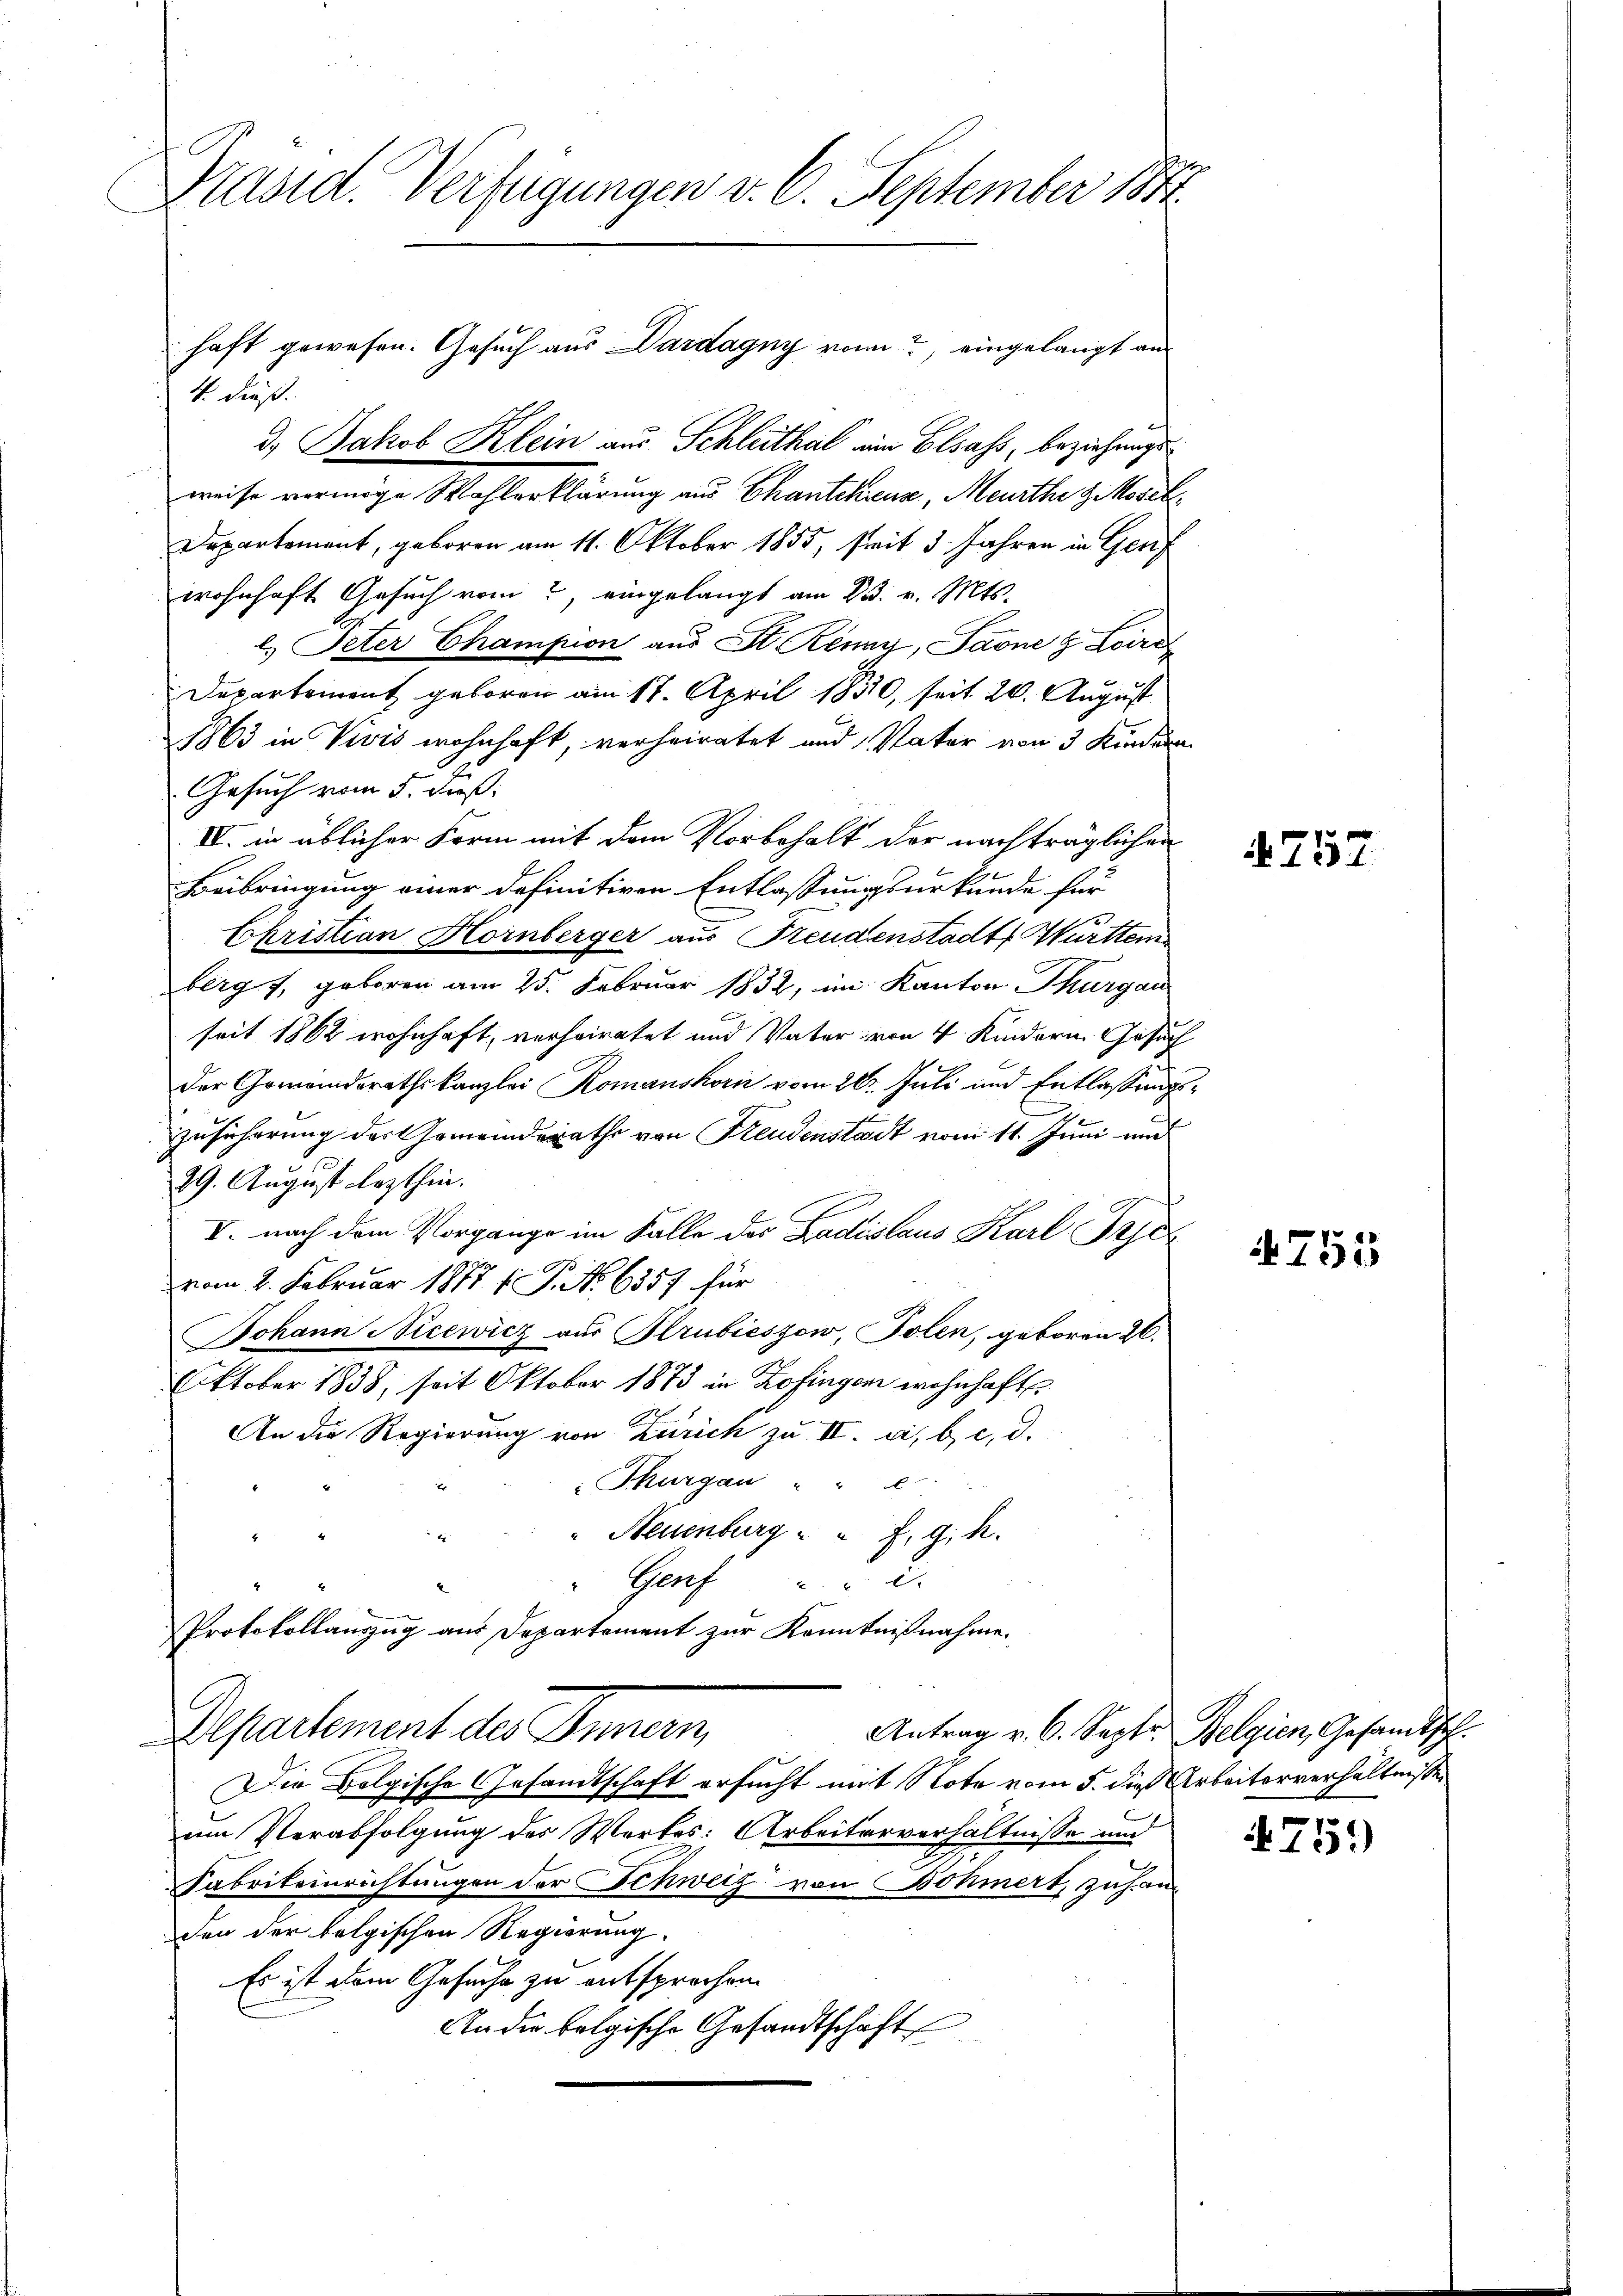
Masid. Verfügungen v. 6. September 1881

d. Jakob Klein aus Schleithal ein Elsass, beziehungsweise vermöge Wahlerklärung aus Chantchiena, Meurthe z. Moser
Dapartement, geboren am 11. Oktober 1855, seit 3 Jahren in Genf
wohnhaft Gesuch vom 2, eingelangt am 23. v. Mts.
l. Peter Champion aus St. Renny, Pavne 8 Loire
Departement geboren am 17. April 1850, seit 20. August
1863 in Vivis wohnhaft, verheiratet und Vater von 3 Kindern
Gesuch vom 5. dieß:
IV. in üblicher Form mit dem Vorbehalt der nachträglichen
Beibringung einer definitiven Entlassungsurkunde für
Christian Hornberger aus Freudenstadt Württem
berg f, geboren am 25. Februar 1832, im Kanton Thurgau
seit 1862 wohnhaft, verheiratet und Vater von 4 Kindern. Gesuch
Der Gemeindsrathskanzlei Romanshorn vom 20. Juli und Entlassungs¬
Zusicherung der Gemeindsrathe von Freudenstadt vom 11. Juni und
29. August lezthin.
V. nach dem Vorgange im Falle des Ladislaus Karl Pries
vom 2. Februar 1877 f. P. No 6357 für
Johann Nicewicz aus Strubieszow, Tolen, geboren 26.
Oktober 1838, seit Oktober 1873 in Zofingen wohnhaft
An die Regierung von Zürich zu II. a, b, c, d.
" Thurgau " "
" Neuenburg " " F. g. h.
Genf 2
Protokollauszug aus Departement zur Kenntnißnahme.
Antrag v. 6. Septr. Belgien, Gesandtsch.
Departement des Innern,
Die Folgische Gesandtschaft ersucht mit Note vom 5. dieß Arbeiterverhältnissen
um Verabfolgung des Werkes: Arbeiterverhältnisse und
Fabrikeinrichtungen der Schweiz von Böhmert, zuhanden der folgischen Regierung.
Es ist dem Gesuche zu entsprochen.
An die folgische Gesandtschaft

4. dieß.

haft gewesen. Gesuch aus Dardagny von, eingelangt an

t

757

4755

4759